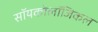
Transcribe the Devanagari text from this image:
सॉयकोलॉजिकल